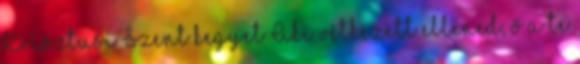
Krisztusi Szent kegyet Aki vétkezett ellened, ő a te